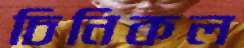
চিনিকল